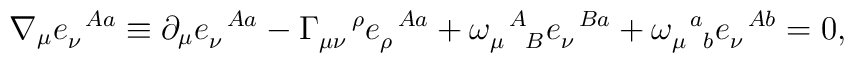
\nabla_\mu e_\nu^{\!~~A a} \equiv \partial_\mu e_\nu^{\!~~A a} -\Gamma_{\mu\nu}^{~~~\rho} e_\rho^{\!~~A a} +\omega_{\mu~~B}^{\!~~A} e_\nu^{\!~~B a} +\omega_{\mu\!~~b}^{\!~~a} e_\nu^{\!~~A b} = 0,